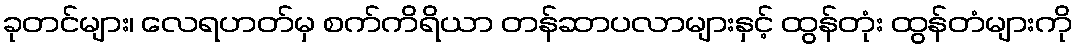
ခုတင်များ၊ လေရဟတ်မှ စက်ကိရိယာ တန်ဆာပလာများနှင့် ထွန်တုံး ထွန်တံများကို